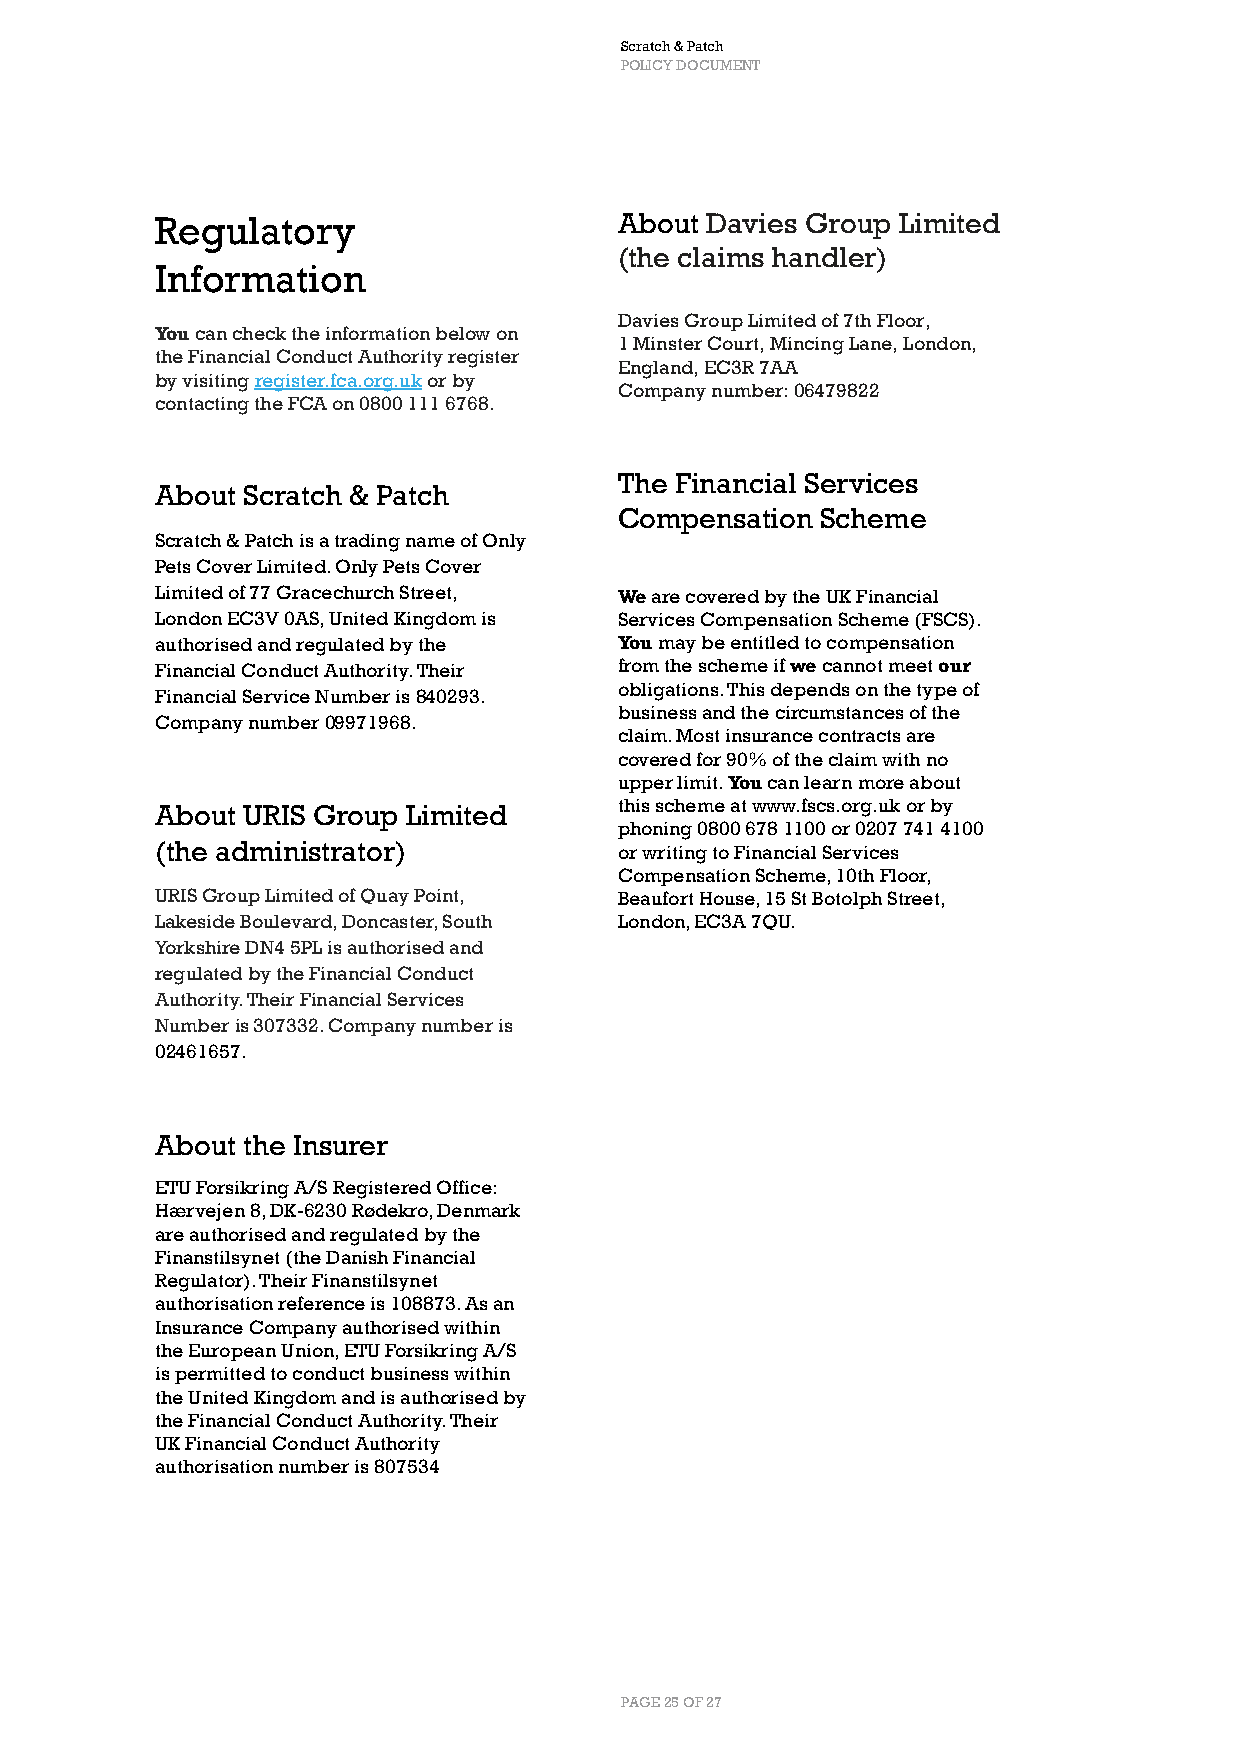
Scratch & Patch
 POLICY DOCUMENT
 Regulatory                     About Davies Group Limited
 (the claims handler)
 Information
 Davies Group Limited of 7th Floor,
 You can check the information below on
 1 Minster Court, Mincing Lane, London,
 the Financial Conduct Authority register
 England, EC3R 7AA
 by visiting register.fca.org.uk or by
 Company number: 06479822
 contacting the FCA on 0800 111 6768.
 The Financial Services
 About Scratch & Patch
 Compensation Scheme
 Scratch & Patch is a trading name of Only
 Pets Cover Limited. Only Pets Cover
 Limited of 77 Gracechurch Street, We are covered by the UK Financial
 London EC3V 0AS, United Kingdom is Services Compensation Scheme (FSCS).
 authorised and regulated by the You may be entitled to compensation
 Financial Conduct Authority. Their from the scheme if we cannot meet our
 obligations. This depends on the type of
 Financial Service Number is 840293.
 business and the circumstances of the
 Company number 09971968.
 claim. Most insurance contracts are
 covered for 90% of the claim with no
 upper limit. You can learn more about
 About URIS Group Limited       this scheme at www.fscs.org.uk or by
 phoning 0800 678 1100 or 0207 741 4100
 (the administrator)            or writing to Financial Services
 Compensation Scheme, 10th Floor,
 URIS Group Limited of Quay Point, Beaufort House, 15 St Botolph Street,
 Lakeside Boulevard, Doncaster, South London, EC3A 7QU.
 Yorkshire DN4 5PL is authorised and
 regulated by the Financial Conduct
 Authority. Their Financial Services
 Number is 307332. Company number is
 02461657.
 About the Insurer
 ETU Forsikring A/S Registered Office:
 Hærvejen 8, DK-6230 Rødekro, Denmark
 are authorised and regulated by the
 Finanstilsynet (the Danish Financial
 Regulator). Their Finanstilsynet
 authorisation reference is 108873. As an
 Insurance Company authorised within
 the European Union, ETU Forsikring A/S
 is permitted to conduct business within
 the United Kingdom and is authorised by
 the Financial Conduct Authority. Their
 UK Financial Conduct Authority
 authorisation number is 807534
 PAGE 25 OF 27